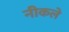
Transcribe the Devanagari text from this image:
नीकले